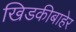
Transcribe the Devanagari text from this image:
खिडकीबाहेर